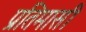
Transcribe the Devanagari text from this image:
प्रतिमासी